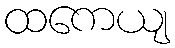
ထကေယျ